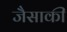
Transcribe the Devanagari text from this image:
जैसाकी